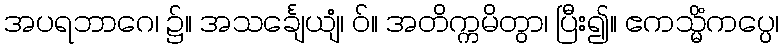
အပရဘာဂေ၊ ၌။ အသင်္ချေယျံ၊ ဝ်။ အတိက္ကမိတွာ၊ ပြီး၍။ ဧကသ္မိံကပ္ပေ၊